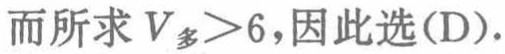
而所求 \(V_{多}>6\)，因此选(D).